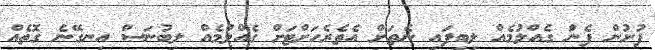
ފުށުން ފެންަ ގެއްލުމެއް ލިބިފައި ނެތަށް އެތެރެހަށްޓަށް ގެއްލުމެއް ލިބުނަސް އިނގޭނެ ގޮތެއް